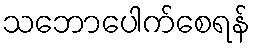
သဘောပေါက်စေရန်